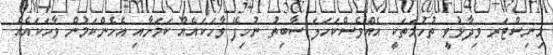
މިނިސްޓަރ ވިދާޅުވީ ތުހުމަތަކީ އެއްވެސްކަހަލަ ސާބިތު ނުހިފޭ ވާހަކައެއް ކަަމަށާއި އެހެންކަމުން ވާހަކައެއް